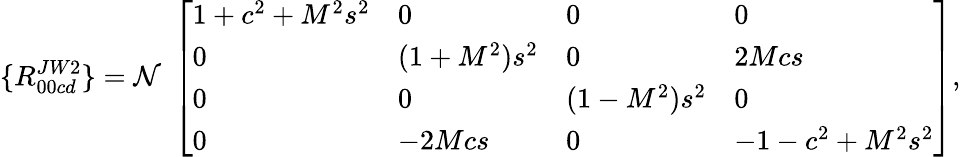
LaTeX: \{ R_{00cd}^{JW2}\} ={\cal N}\; \left[\begin{array}{llll}{{1+c^{2}+M^{2}s^{2}}}&{{0}}&{{0}}&{{0}}\\ {{0}}&{{(1+M^{2})s^{2}}}&{{0}}&{{2Mcs}}\\ {{0}}&{{0}}&{{(1-M^{2})s^{2}}}&{{0}}\\ {{0}}&{{-2Mcs}}&{{0}}&{{-1-c^{2}+M^{2}s^{2}}}\end{array}\right],